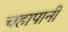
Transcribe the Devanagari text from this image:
चहापानी